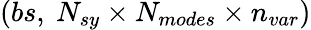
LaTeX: (bs,\ N_{sy}\times N_{modes}\times n_{var})